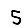
Digit: 5